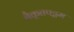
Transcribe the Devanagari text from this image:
वैकृतपट्टम